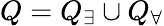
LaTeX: Q=Q_{\exists}\cup Q_{\forall}